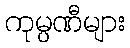
ကုမ္ပဏီများ